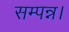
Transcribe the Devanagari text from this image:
सम्पन्न।